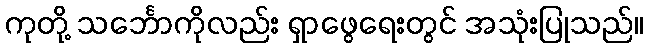
ကုတို့ သင်္ဘောကိုလည်း ရှာဖွေရေးတွင် အသုံးပြုသည်။